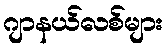
ဂျာနယ်လစ်များ